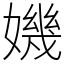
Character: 𡡤